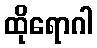
ထိုရောဂါ